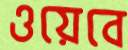
ওয়েবে